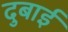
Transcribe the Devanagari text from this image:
दुबाई